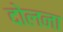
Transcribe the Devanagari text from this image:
दोलना